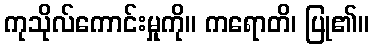
ကုသိုလ်ကောင်းမှုကို။ ကရောတိ၊ ပြု၏။